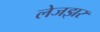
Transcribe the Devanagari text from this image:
लेजझर